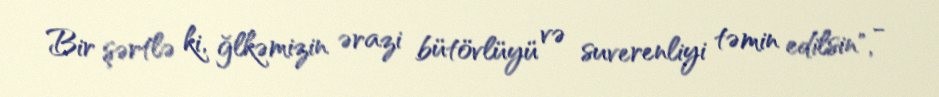
Bir şərtlə ki, ğlkəmizin ərazi bütövlüyü və suverenliyi təmin edilsin", -